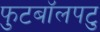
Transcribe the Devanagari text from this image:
फुटबॉलपटु